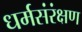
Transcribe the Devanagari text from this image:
धर्मसंरंक्षण